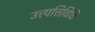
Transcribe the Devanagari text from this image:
उत्त्पत्तिविधि